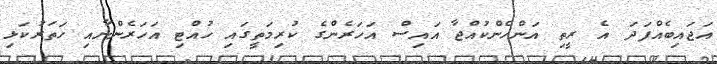
އަޖައިބެއްފަދަ އެ ރީތި އަންހެންކުއްޖާ އައިސް އަހަރެންގެ ކުރިމަތީގައި ހުއްޓި އަހަރެންނާއި ހަތަރުކަޅި